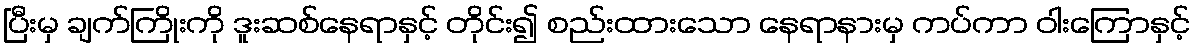
ပြီးမှ ချက်ကြိုးကို ဒူးဆစ်နေရာနှင့် တိုင်း၍ စည်းထားသော နေရာနားမှ ကပ်ကာ ဝါးကြောနှင့်